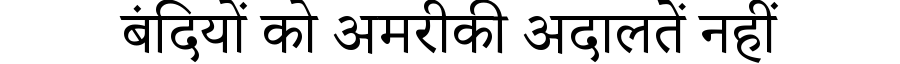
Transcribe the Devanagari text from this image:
बंदियों को अमरीकी अदालतें नहीं